Leaving Certificate Examination (including Day School Certificate (Higher) General paper), 1935
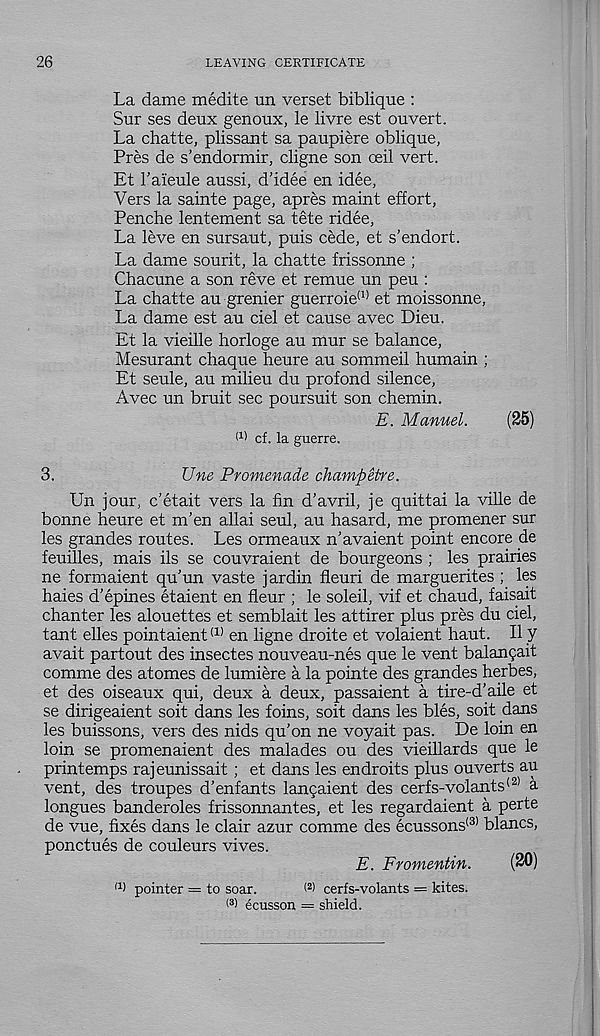
26
LEAVING CERTIFICATE
La dame medite un verset biblique :
Sur ses deux genoux, le livre est ouvert.
La chatte, plissant sa paupiere oblique,
Pres de s’endormir, cligne son ceil vert.
Et Taieule aussi, d’idee en idee,
Vers la sainte page, apres maint effort,
Penche lentement sa tete ridee,
La leve en sursaut, puis cede, et s’endort.
La dame sourit, la chatte frissonne ;
Chacune a son reve et remue un peu :
La chatte au grenier guerroie (I) et moissonne,
La dame est au ciel et cause avec Dieu.
Et la vieille horloge au mur se balance,
Mesurant chaque heure au sommeil humain ;
Et seule, au milieu du profond silence,
Avec un bruit sec poursuit son chemin.
E. Manuel.
(25)
M cf. la guerre.
3.
Une Promenade champelre.
Un jour, c’etait vers la fin d’avril, je quittai la ville de
bonne heure et m’en allai seul, au hasard, me promener sur
les grandes routes. Les ormeaux n’avaient point encore de
feuilles, mais ils se couvraient de bourgeons ; les prairies
ne formaient qu’un vaste jardin fleuri de marguerites ; les
haies d’epines etaient en fleur ; le soleil, vif et chaud, faisait
chanter les alouettes et semblait les attirer plus pres du ciel,
tant elles pointaient (1) en ligne droite et volaient haut. II y
avait partout des insectes nouveau-nes que le vent balangait
comme des atomes de lumiere a la pointe des grandes herbes,
et des oiseaux qui, deux a deux, passaient a tire-d'aile et
se dirigeaient soit dans les foins, soit dans les bles, soit dans
les buissons, vers des nids qu’on ne voyait pas. De loin en
loin se promenaient des malades ou des vieillards que le
printemps rajeunissait ; et dans les en droits plus ouverts au
vent, des troupes d’enfants langaient des cerfs-volants (2) a
longues banderoles frissonnantes, et les regardaient a perte
de vue, fixes dans le clair azur comme des ecussons (3> blancs,
ponctues de couleurs vives.
E. Fromentin.
(30)
(1 ) pointer = to soar.
( 2 > cerfs-volants = kites.
® ecusson = shield.